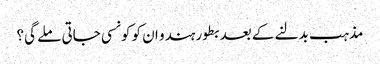
مذہب بدلنے کے بعد بطور ہندو ان کو کونسی جاتی ملے گی؟